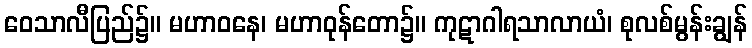
ဝေသာလီပြည်၌။ မဟာဝနေ၊ မဟာဝုန်တော၌။ ကုဋာဂါရသာလာယံ၊ စုလစ်မွန်းချွန်